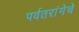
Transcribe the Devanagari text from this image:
पर्वतरांगेचे